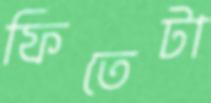
ফিতেটা